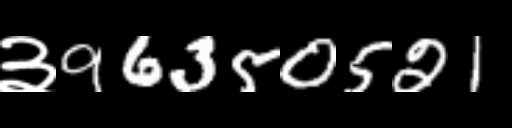
Text: ३96350521